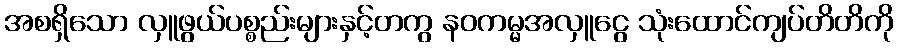
အစရှိသော လှူဖွယ်ပစ္စည်းများနှင့်တကွ နဝကမ္မအလှူငွေ သုံးထောင်ကျပ်တိတိကို